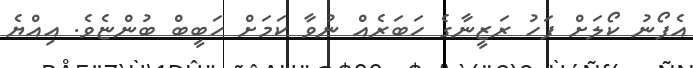
އެފޯނު ކޯލަށް ފަހު ރަޒީނާގެ ހަބަރެއް ނުވާ ކަމަށް ހަބީބް ބުންޏެވެ. އިއްޔެ